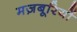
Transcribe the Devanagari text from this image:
मज़बूरियों